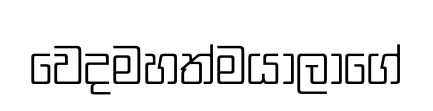
වෙදමහත්මයාලාගේ